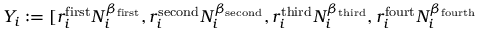
Y _ { i } : = [ r _ { i } ^ { \mathrm { f i r s t } } N _ { i } ^ { \beta _ { \mathrm { f i r s t } } } , r _ { i } ^ { \mathrm { s e c o n d } } N _ { i } ^ { \beta _ { \mathrm { s e c o n d } } } , r _ { i } ^ { \mathrm { t h i r d } } N _ { i } ^ { \beta _ { \mathrm { t h i r d } } } , r _ { i } ^ { \mathrm { f o u r t } } N _ { i } ^ { \beta _ { \mathrm { f o u r t h } } }